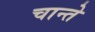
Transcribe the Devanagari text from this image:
चान्ते